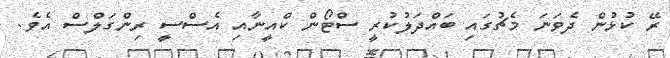
ރޭ ކުޅުން ދެވަނަ މެޗުގައި ބައްދަލުކުރީ ސްޓޯން ކްއީނާއި އެސްސީ ރިންގަލްސް އެވެ.